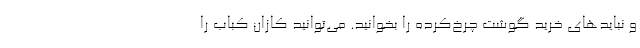
و نبایدهای خرید گوشت چرخ‌کرده را بخوانید. می‌توانید کازان کباب را